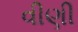
વીણી